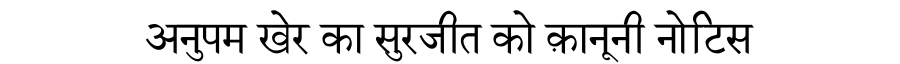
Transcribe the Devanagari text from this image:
अनुपम खेर का सुरजीत को क़ानूनी नोटिस